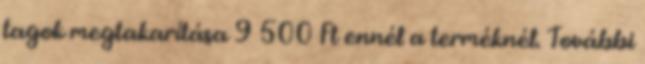
tagok megtakarítása 9 500 Ft ennél a terméknél. További